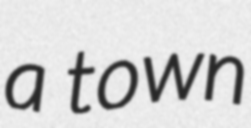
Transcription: a town